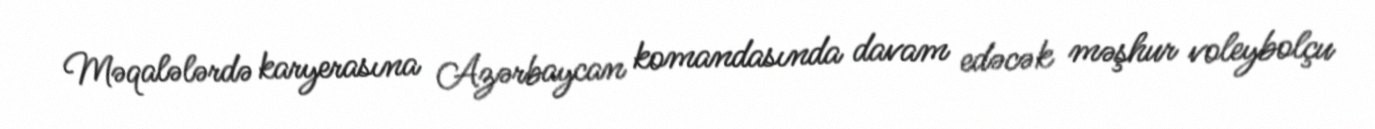
Məqalələrdə karyerasına Azərbaycan komandasında davam edəcək məşhur voleybolçu